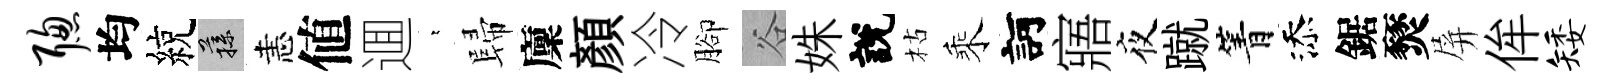
聪均綂蓀恚値逥萋歸廩顔冷腳谷姝說枯乘訶寤夜蹴箐添鋸燹屏侔矮